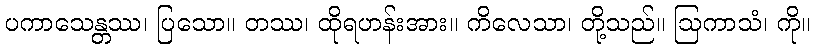
ပကာသေန္တဿ၊ ပြသော။ တဿ၊ ထိုရဟန်းအား။ ကိလေသာ၊ တို့သည်။ ဩကာသံ၊ ကို။